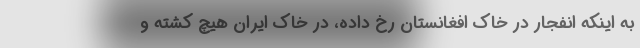
به اینکه انفجار در خاک افغانستان رخ داده، در خاک ایران هیچ کشته و